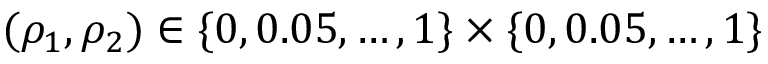
( \rho _ { 1 } , \rho _ { 2 } ) \in \{ 0 , 0 . 0 5 , \dots , 1 \} \times \{ 0 , 0 . 0 5 , \dots , 1 \}